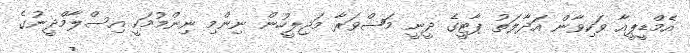
އެމްޑީޕީއާ ވަކިވާން އަދާލަތު ޕާޓީގެ ދީނީ މަޝްވަރާ މަޖިލީހުން ނިންމި ނިންމުމަކީ އިސްލާމްދީނުގެ